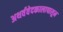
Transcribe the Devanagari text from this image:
अथर्ववेदकालापासून